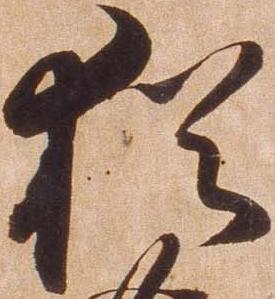
猶